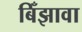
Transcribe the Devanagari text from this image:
बिँझावा